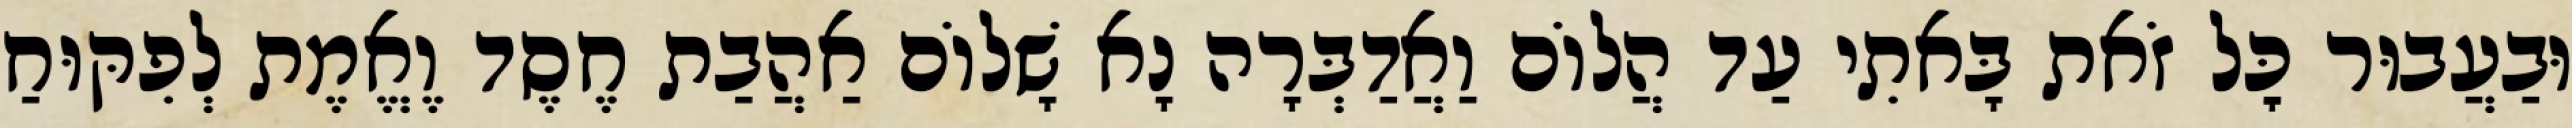
וּבַעֲבוּר כׇּל זֹאת בָּאתִי עַד הֲלוֹם וַאֲדַבְּרָה נָא שָׁלוֹם אַהֲבַת חֶסֶד וֶאֱמֶת לְפִקּוּחַ